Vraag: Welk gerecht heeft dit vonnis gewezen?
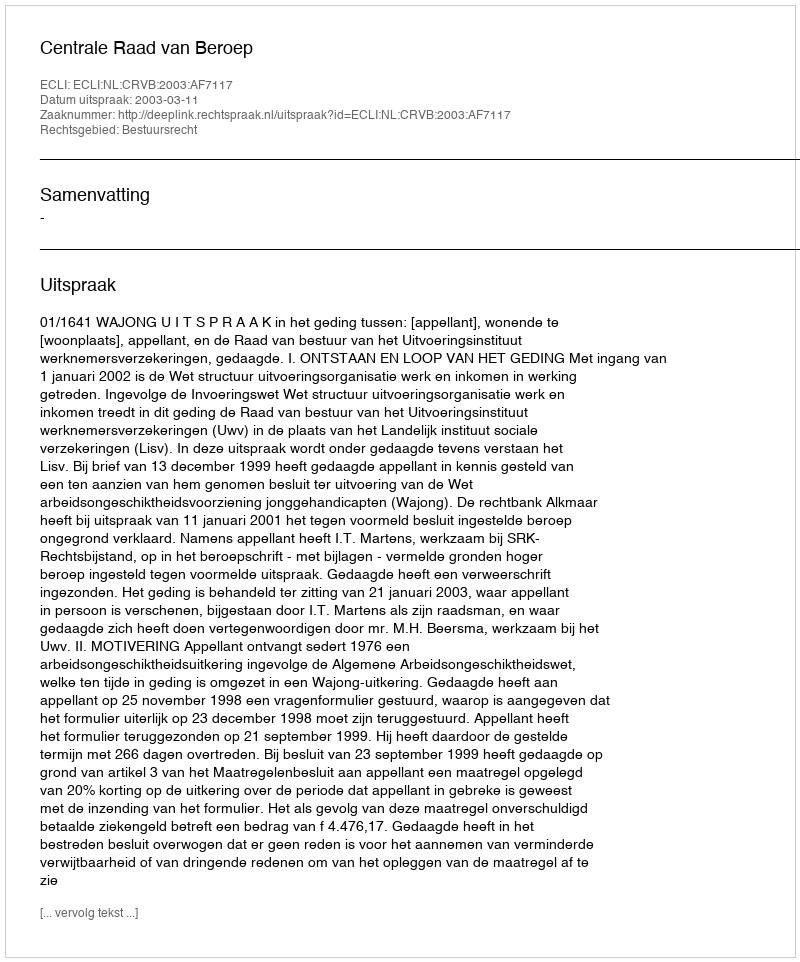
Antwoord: Centrale Raad van Beroep